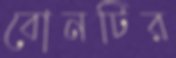
বোনটির